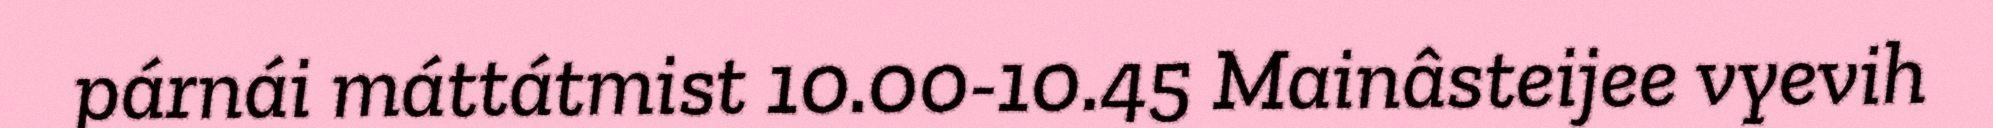
párnái máttátmist 10.00-10.45 Mainâsteijee vyevih